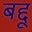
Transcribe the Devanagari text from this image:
बद्दू